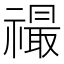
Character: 𬓙